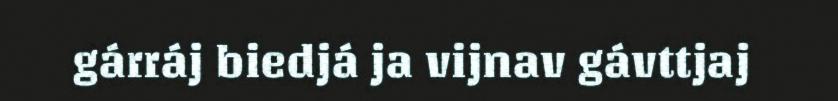
gárráj biedjá ja vijnav gávttjaj